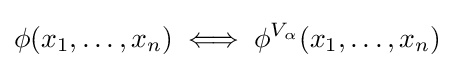
\phi (x_{1},\ldots ,x_{n})\iff \phi ^{V_{\alpha }}(x_{1},\ldots ,x_{n})